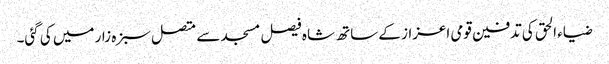
ضیاء الحق کی تدفین قومی اعزاز کے ساتھ شاہ فیصل مسجد سے متصل سبزہ زار میں کی گئی۔